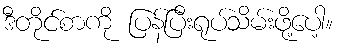
ဒီတိုင်စာကို ပြန်ပြီးရုပ်သိမ်းဖို့ပေါ့။